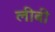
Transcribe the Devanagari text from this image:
लीबी